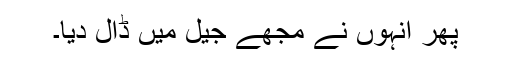
پھر انہوں نے مجھے جیل میں ڈال دیا۔